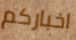
اخباركم